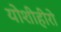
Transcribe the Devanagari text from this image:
योशीहीरो